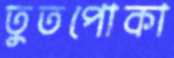
তুতপোকা